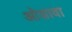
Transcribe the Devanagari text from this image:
ओशावा